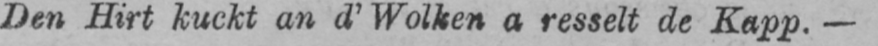
Den Hirt kuckt an d’Wolken a resselt de Kapp.-